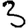
Digit: 3